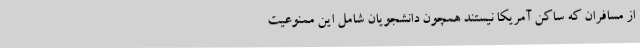
از مسافران که ساکن آمریکا نیستند همچون دانشجویان شامل این ممنوعیت